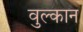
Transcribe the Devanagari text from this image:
वुल्कान